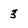
Character: 3